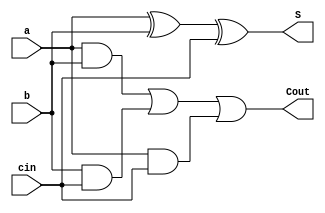
module full_adder(input a, b, cin, output S, Cout);
  assign S = a ^ b ^ cin;
  assign Cout = (a & b) | (b & cin) | (a & cin);
endmodule